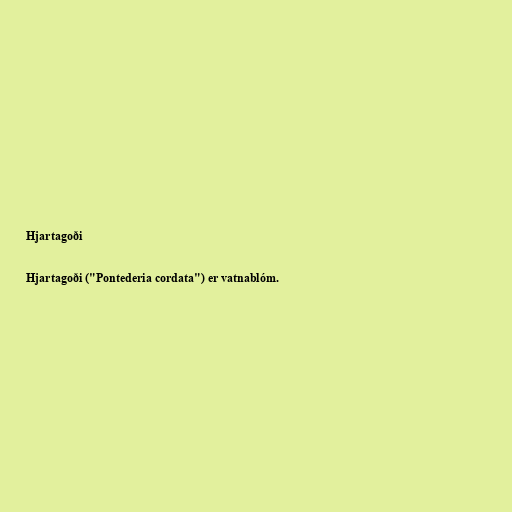
Hjartagoði

Hjartagoði ("Pontederia cordata") er vatnablóm.